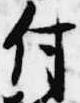
付